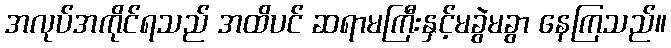
အလုပ်အကိုင်ရသည် အထိပင် ဆရာမကြီးနှင့်မခွဲမခွာ နေကြသည်။